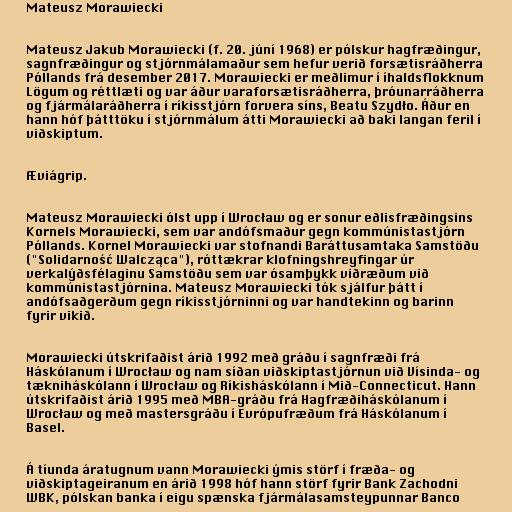
Mateusz Morawiecki

Mateusz Jakub Morawiecki (f. 20. júní 1968) er pólskur hagfræðingur,
sagnfræðingur og stjórnmálamaður sem hefur verið forsætisráðherra
Póllands frá desember 2017. Morawiecki er meðlimur í íhaldsflokknum
Lögum og réttlæti og var áður varaforsætisráðherra, þróunarráðherra
og fjármálaráðherra í ríkisstjórn forvera síns, Beatu Szydło. Áður en
hann hóf þátttöku í stjórnmálum átti Morawiecki að baki langan feril í
viðskiptum.

Æviágrip.

Mateusz Morawiecki ólst upp í Wrocław og er sonur eðlisfræðingsins
Kornels Morawiecki, sem var andófsmaður gegn kommúnistastjórn
Póllands. Kornel Morawiecki var stofnandi Baráttusamtaka Samstöðu
("Solidarność Walcząca"), róttækrar klofningshreyfingar úr
verkalýðsfélaginu Samstöðu sem var ósamþykk viðræðum við
kommúnistastjórnina. Mateusz Morawiecki tók sjálfur þátt í
andófsaðgerðum gegn ríkisstjórninni og var handtekinn og barinn
fyrir vikið.

Morawiecki útskrifaðist árið 1992 með gráðu í sagnfræði frá
Háskólanum í Wrocław og nam síðan viðskiptastjórnun við Vísinda- og
tækniháskólann í Wrocław og Ríkisháskólann í Mið-Connecticut. Hann
útskrifaðist árið 1995 með MBA-gráðu frá Hagfræðiháskólanum í
Wrocław og með mastersgráðu í Evrópufræðum frá Háskólanum í
Basel.

Á tíunda áratugnum vann Morawiecki ýmis störf í fræða- og
viðskiptageiranum en árið 1998 hóf hann störf fyrir Bank Zachodni
WBK, pólskan banka í eigu spænska fjármálasamsteypunnar Banco